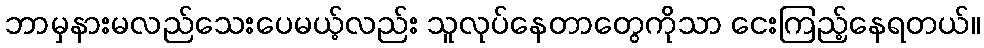
ဘာမှနားမလည်သေးပေမယ့်လည်း သူလုပ်နေတာတွေကိုသာ ငေးကြည့်နေရတယ်။